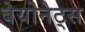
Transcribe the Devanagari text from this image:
बेयोनेट्स